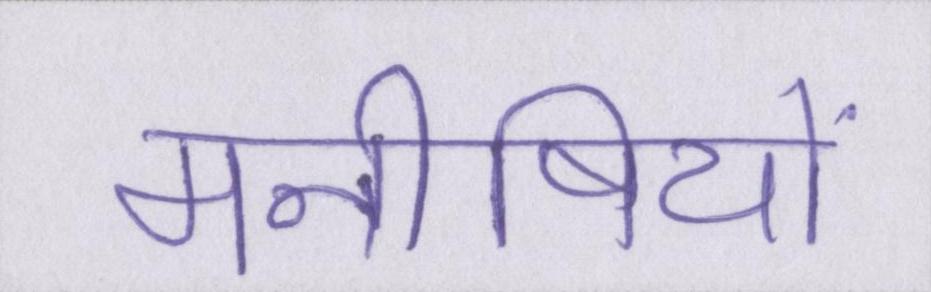
मनीषियों